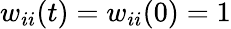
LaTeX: w_{ii}(t)=w_{ii}(0)=1